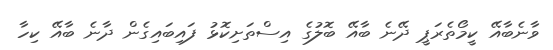
ވާނެބާއޭ ކީމޯތެރަޕީ ދޭނެ ބާއޭ ބޮލުގެ އިސްތަށިކޮޅު ފައިބައިގެން ދާނެ ބާއޭ ކިހާ